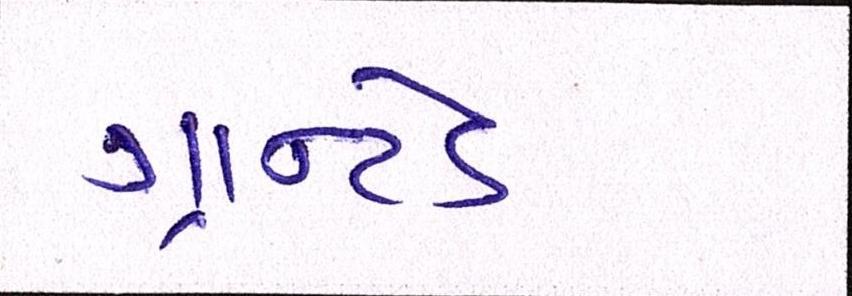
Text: ગ્રાન્ટેડ